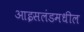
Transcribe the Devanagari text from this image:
आइसलंडमधील